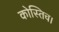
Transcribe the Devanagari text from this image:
कोस्तिच।